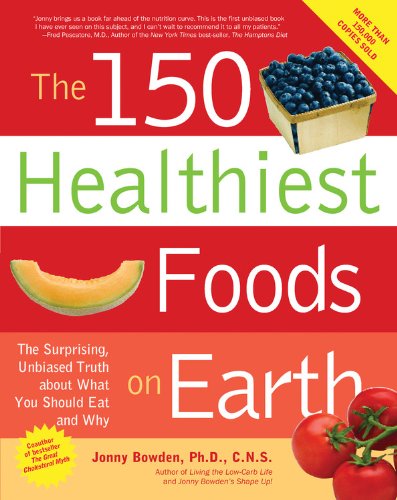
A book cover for The 150 Healthiest Foods on Earth: The Surprising, Unbiased Truth About What You Should Eat and Why; Jonny Bowden; Cookbooks, Food & Wine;